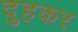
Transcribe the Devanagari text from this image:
दुहकर